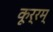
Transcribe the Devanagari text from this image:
कूर्रम्